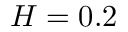
H = 0 . 2